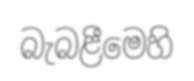
බැබළීමෙහි